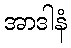
အာဒါနံ